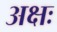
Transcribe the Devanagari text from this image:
अक्षः